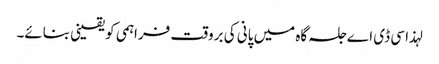
لہذا سی ڈی اے جلسہ گاہ میں پانی کی بروقت فراہمی کو یقینی بنائے۔